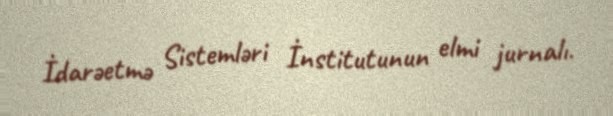
İdarəetmə Sistemləri İnstitutunun elmi jurnalı.